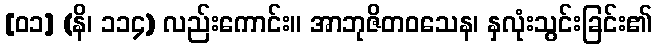
[၀၁] (နိ၊ ၁၁၄) လည်းကောင်း။ အာဘုဇိတဝသေန၊ နှလုံးသွင်းခြင်း၏